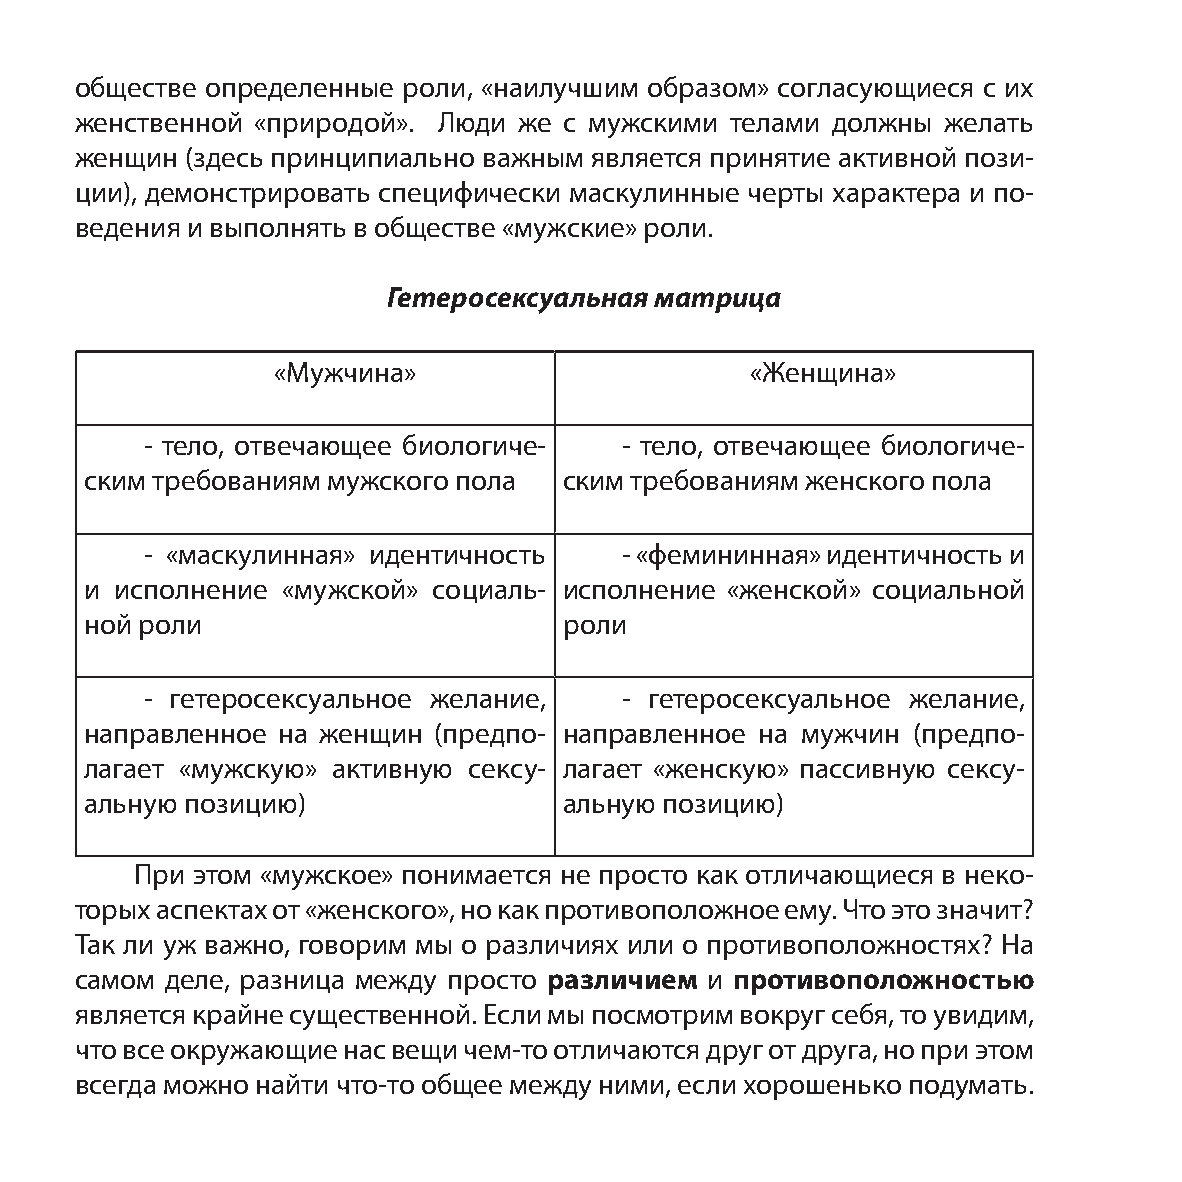
обществе определенные роли, «наилучшим образом» согласующиеся с их
 женственной «природой». Люди же с мужскими телами должны  желать
 женщин (здесь принципиально важным является принятие активной пози-
 ции), демонстрировать специфически маскулинные черты характера и по-
 ведения и выполнять в обществе «мужские» роли.
 Гетеросексуальная матрица
 «Мужчина»                       «Женщина»
 - тело, отвечающее биологиче-   - тело, отвечающее биологиче-
 ским требованиям мужского пола ским требованиям женского пола
 - «маскулинная» идентичность    - «фемининная» идентичность и
 и исполнение «мужской» социаль- исполнение «женской» социальной
 ной роли                       роли
 - гетеросексуальное желание,    - гетеросексуальное желание,
 направленное на женщин (предпо- направленное на мужчин (предпо-
 лагает «мужскую» активную сексу- лагает «женскую» пассивную сексу-
 альную позицию)                альную позицию)
 При этом «мужское» понимается не просто как отличающиеся в неко-
 торых аспектах от «женского», но как противоположное ему. Что это значит?
 Так ли уж важно, говорим мы о различиях или о противоположностях? На
 самом деле, разница между просто различием и противоположностью
 является крайне существенной. Если мы посмотрим вокруг себя, то увидим,
 что все окружающие нас вещи чем-то отличаются друг от друга, но при этом
 всегда можно найти что-то общее между ними, если хорошенько подумать.